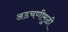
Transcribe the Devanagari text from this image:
अडचणीमुळी